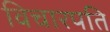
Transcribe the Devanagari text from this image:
विचारपति